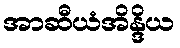
အာဆီယံအိန္ဒိယ